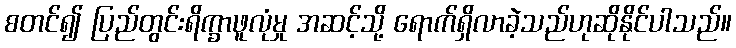
စတင်၍ ပြည်တွင်းရိက္ခာဖူလုံမှု အဆင့်သို့ ရောက်ရှိလာခဲ့သည်ဟုဆိုနိုင်ပါသည်။